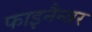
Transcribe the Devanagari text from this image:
फाइनैन्जर